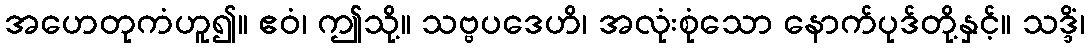
အဟေတုကံဟူ၍။ ဧဝံ၊ ဤသို့။ သဗ္ဗပဒေဟိ၊ အလုံးစုံသော နောက်ပုဒ်တို့နှင့်။ သဒ္ဒိံ၊